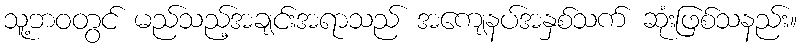
သူ့ဘဝတွင် မည်သည့်အချင်းအရာသည် အကျေနပ်အနှစ်သက် ဆုံးဖြစ်သနည်း။